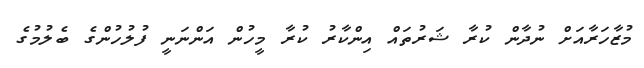
މުޒާހަރާއަށް ނުދާން ކުރާ ޝަރުތައް އިންކާރު ކުރާ މީހުން އަންނަނީ ފުލުހުންގެ ބެލުމުގެ